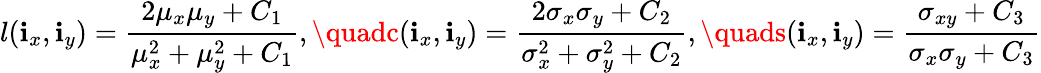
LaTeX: l(\mathbf{i}_{x},\mathbf{i}_{y})=\frac{{2\mu_{x}\mu_{y}+C_{1}}}{{\mu_{x}^{2}+\mu_{y}^{2}+C_{1}}},\quadc(\mathbf{i}_{x},\mathbf{i}_{y})=\frac{{2\sigma_{x}\sigma_{y}+C_{2}}}{{\sigma_{x}^{2}+\sigma_{y}^{2}+C_{2}}},\quads(\mathbf{i}_{x},\mathbf{i}_{y})=\frac{{\sigma_{xy}+C_{3}}}{{\sigma_{x}\sigma_{y}+C_{3}}}